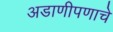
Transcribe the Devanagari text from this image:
अडाणीपणाचे